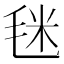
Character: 毩